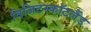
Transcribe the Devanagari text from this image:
विजिटस्कॉटलैंड